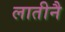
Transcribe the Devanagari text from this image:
लातीनै